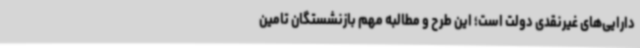
دارایی‌های غیرنقدی دولت است؛ این طرح و مطالبه مهم بازنشستگان تامین